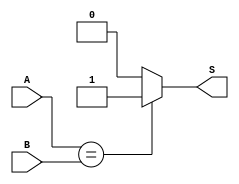
module Magnitude_Comparator(
	input		[3:0]		A,
	input		[3:0]		B,
	output	reg		S
);

always @(*)
   if (A == B)
      S = 1'b1;
   else
      S = 1'b0;
endmodule